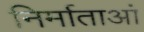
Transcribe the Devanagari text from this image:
निर्माताआं